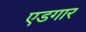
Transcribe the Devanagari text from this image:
एडगार